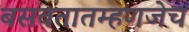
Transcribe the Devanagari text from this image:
बसवतातम्हणजेच